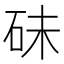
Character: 𥑘